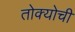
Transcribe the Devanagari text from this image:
तोक्योची